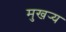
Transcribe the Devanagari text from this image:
मुखर्‍य